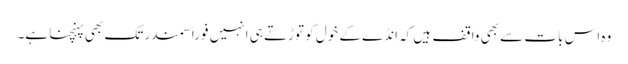
وہ اس بات سے بھی واقف ہیں کہ انڈے کے خول کو توڑتے ہی انہیں فوراً سمندر تک بھی پہنچنا ہے۔